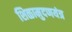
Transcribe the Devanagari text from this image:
शिळामुदणयंत्र